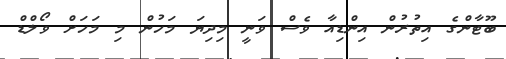
ބޫޓާންގެ އިތުރުން އިންޑިއާ ވެސް ވަނީ މިދިޔަ މަހުން މި މަހަށް ވޯލްޑް